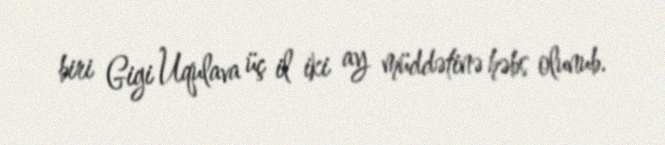
biri Gigi Uqulava üç il iki ay müddətinə həbs olunub.